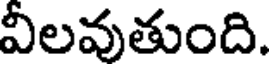
వీలవుతుంది.